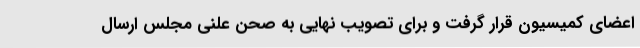
اعضای کمیسیون قرار گرفت و برای تصویب نهایی به صحن علنی مجلس ارسال